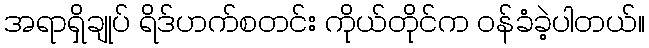
အရာရှိချုပ် ရိဒ်ဟက်စတင်း ကိုယ်တိုင်က ဝန်ခံခဲ့ပါတယ်။